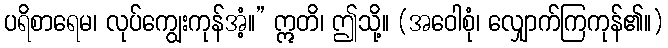
ပရိစာရေမ၊ လုပ်ကျွေးကုန်အံ့။” ဣတိ၊ ဤသို့။ (အဝေါစုံ၊ လျှောက်ကြကုန်၏။)